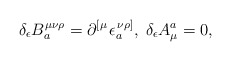
\begin{align*}\delta _\epsilon B_a^{\mu \nu \rho }=\partial _{}^{\left[ \mu\right. }\epsilon _a^{\left. \nu \rho \right] },\;\delta _\epsilon A_\mu^a=0,\end{align*}